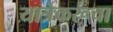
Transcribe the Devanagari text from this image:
यात्रेकरूंचा